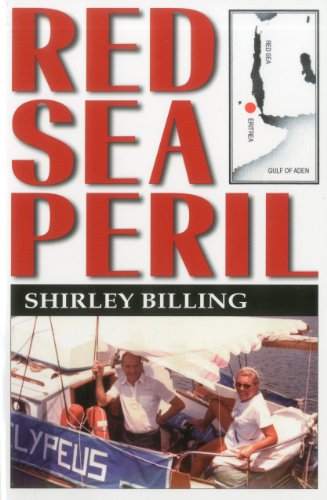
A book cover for Red Sea Peril; Shirley Billing; Travel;